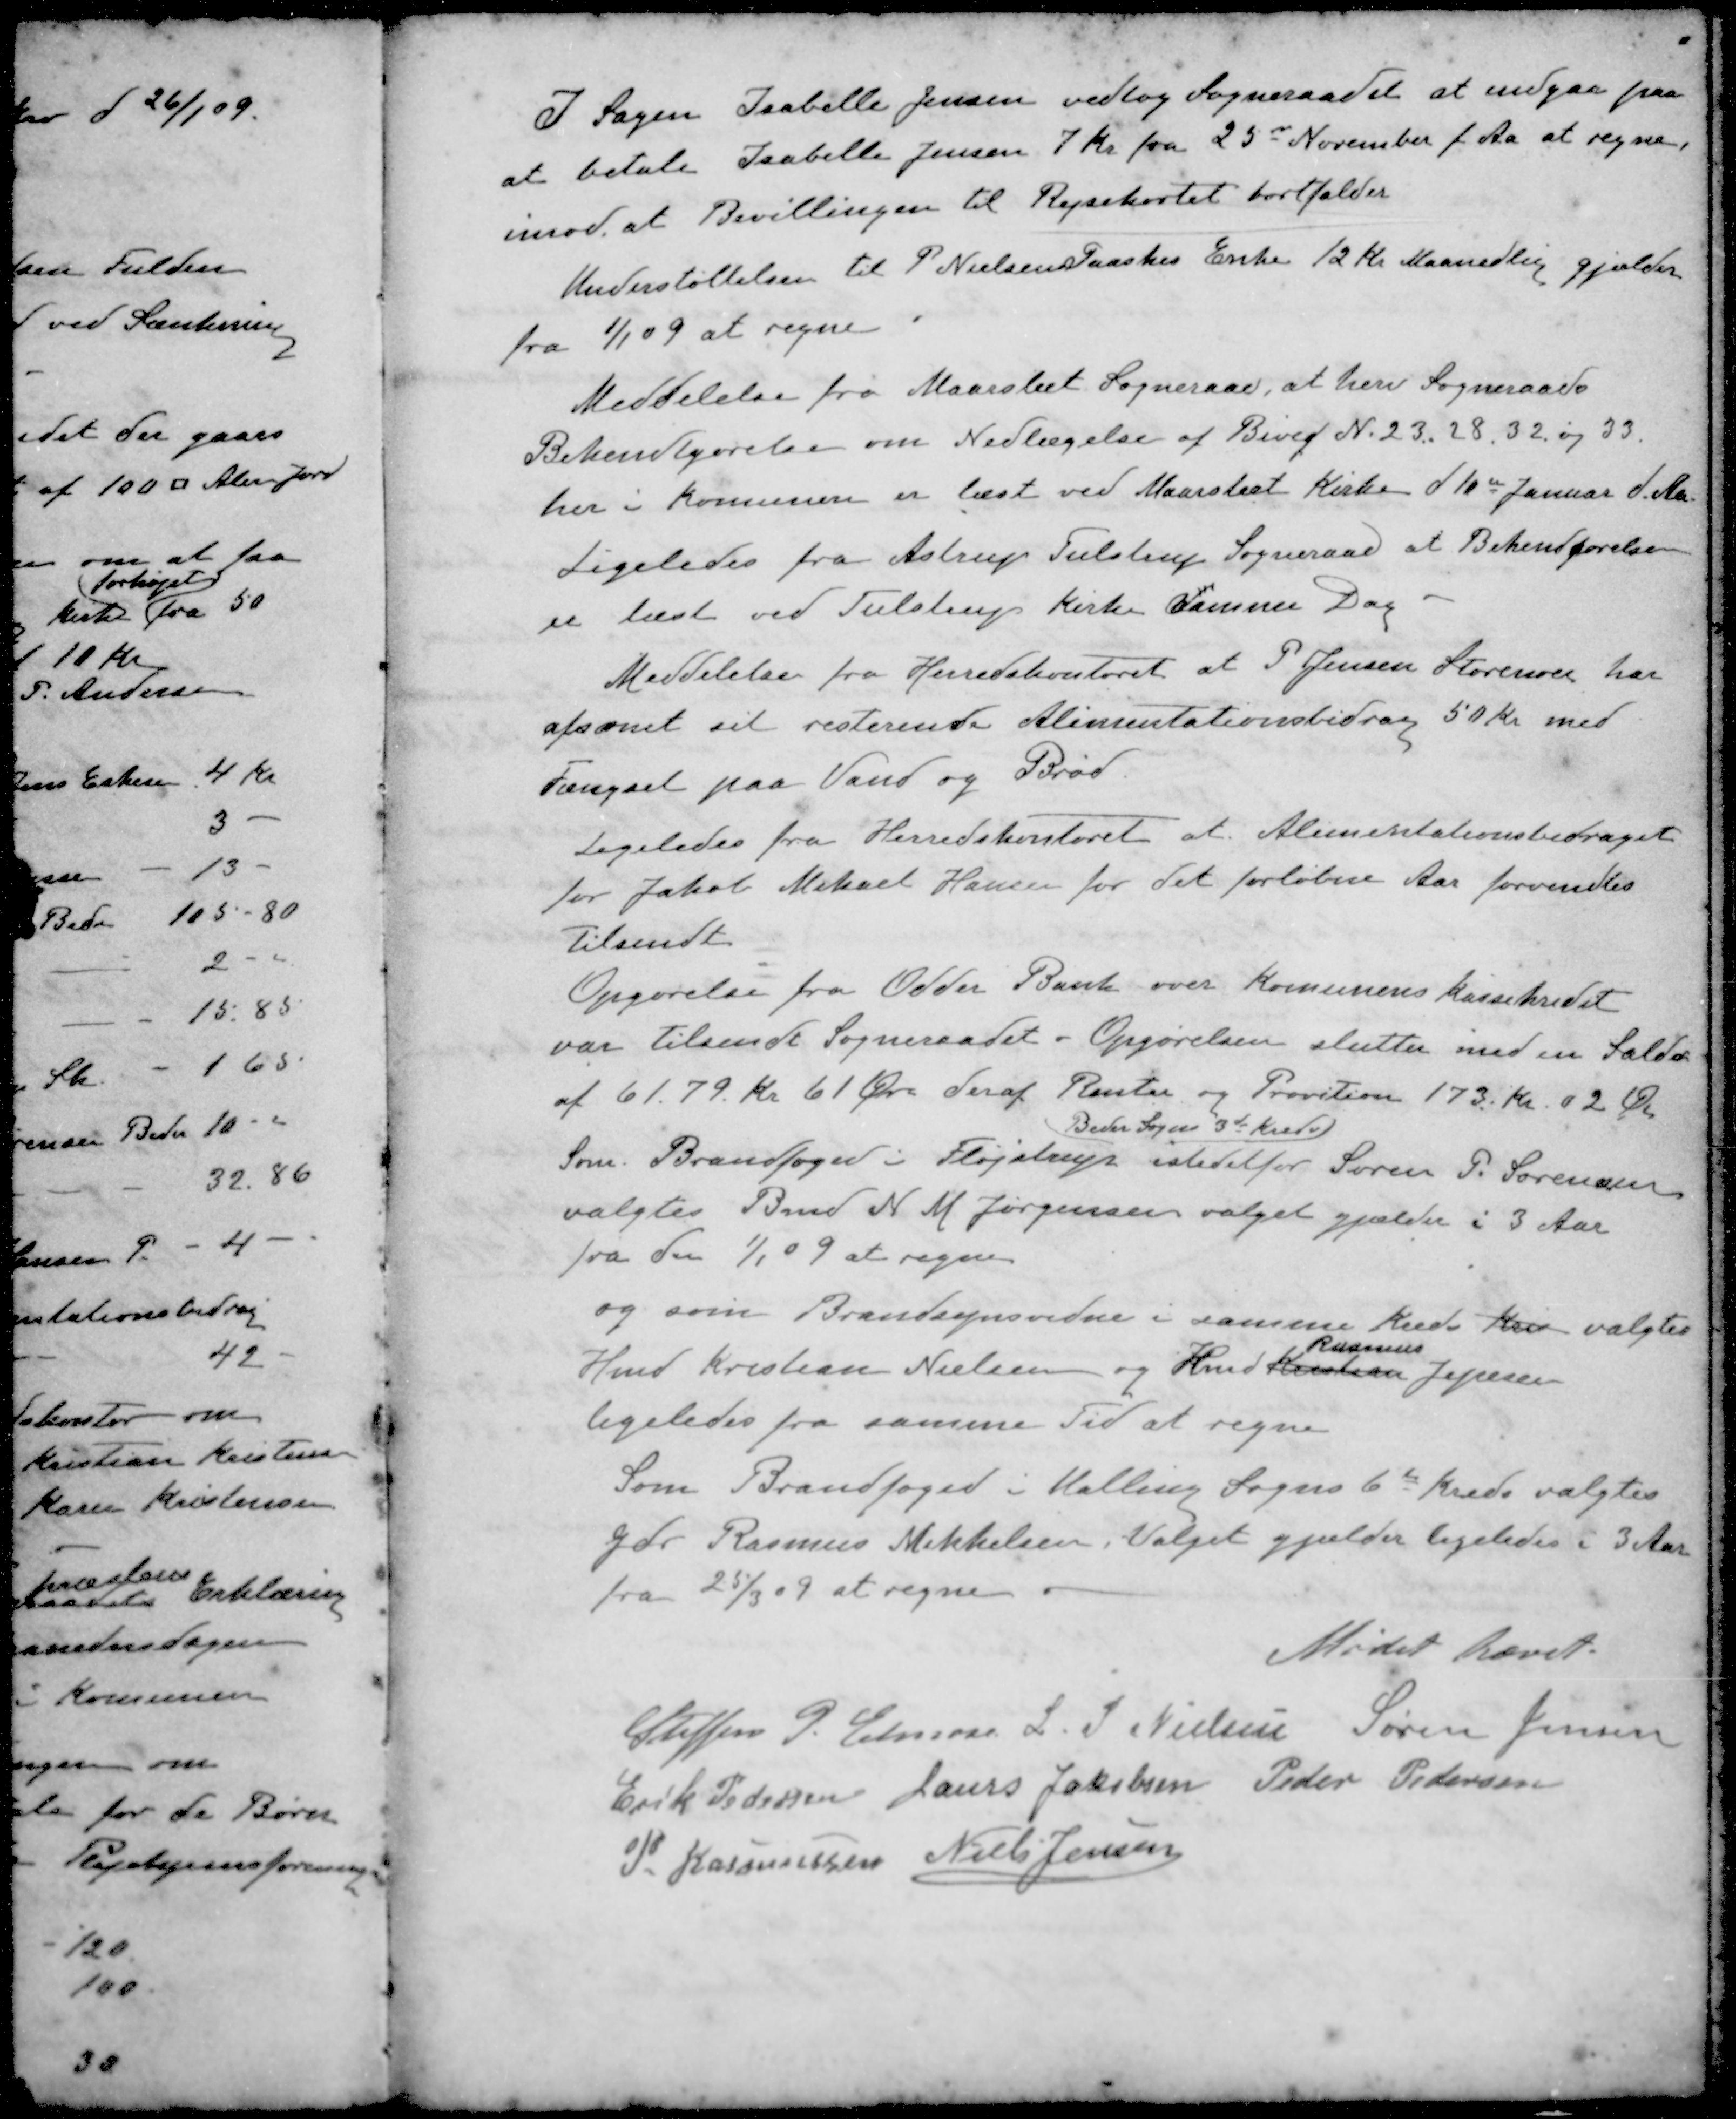
Transskription:
I Sagen Isabelle Jensen vedtog Sogneraadet at indgaa paa
at betale Isabelle Jensen 7 Kr. fra 25de November f. Aa at regne.
imod, at Bevillingen til Rejsekortet bortfalder
Understøttelsen til P. Nielsen Paaskes Enke 12 Kr. Maanedlig gjælder
fra 1/1 09 at regne
Meddelelse fra Maarslet Sogneraad, at herv Sogneraads
Bekendtgørelse om Nedlægelse af Bivej N. 23, 28, 32 og 33.
her i Komunen er læst ved Maarslet Kirke d 10de Januar d. Aa
Ligeledes fra Astrup Tulstrup Sogneraad at Bekendførelsen
er læst ved Tulstrup Kirke samme Dag
Meddelelse fra Herredskontoret at P Jensen Storenor har 
afsonet sit resterende Alimentationsbidrag 50 Kr. med
Fængsel paa Vand og Brød.
Ligeledes fra Herredskontoret at Alimentationsbidraget
for Jakob Mikael Hansen for det forløbne Aar forvendtes
Tilsendt
Opgørelse fra Odder Bank over Komunens kassekredit
var tilsendt Sogneraadet - Opgørelsen slutter med en Saldo
af 61.79 Kr 61 Øre deraf Renter og Provition 173 Kr. 02 Øre
Beder Sogns 3de Kreds
Som. Brandfoged i Fløjstrup istedetfor Søren P. Sørensen
valgtes Bmd N M Jørgensen valget gjælder i 3 Aar
fra den 1/1 09 at regne
og som Brandsynsvidne i samme Kreds Kre valgtes
Rasmus
Hmd Kristian Nielsen og Hmd Kristian Jepsen
ligeledes fra samme Tid at regne
Som Brandfoged i Malling Sogns 6te Kreds valgtes
Gdr Rasmus Mikkelsen, Valget gjælder ligeledes i 3 Aar
fra 25/3 09 at regne
Mødet hævet.
Steffen P. Elmose
L. P. Nielsen
Søren Jensen
Erik Pedersen
Laurs Jakobsen
Peder Pedersen
P. Rasmussen
Niels Jensen